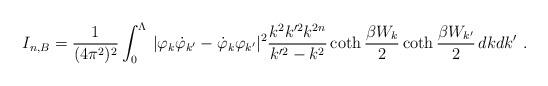
LaTeX: \begin{align*}I_{n,B}=\frac1{(4\pi^2)^2}\int_0^\Lambda\, |\varphi_k\dot\varphi_{k'}-\dot\varphi_k\varphi_{k'}|^2 \frac{k^2k'^2k^{2n}}{k'^2-k^2} \coth\frac{\beta W_k}2 \coth\frac{\beta W_{k'}}2\, dkdk'\ .\end{align*}